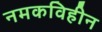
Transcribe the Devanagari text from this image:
नमकविहीन